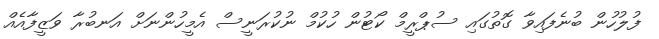
ފުލުހުން ބުނެފައިވާ ގޮތުގައި ސުޕްރީމް ކޯޓުން ހުކުމް ނުކުރަނީސް އެމީހުންނަށް އަނބުރާ ވަޒީފާއެއް